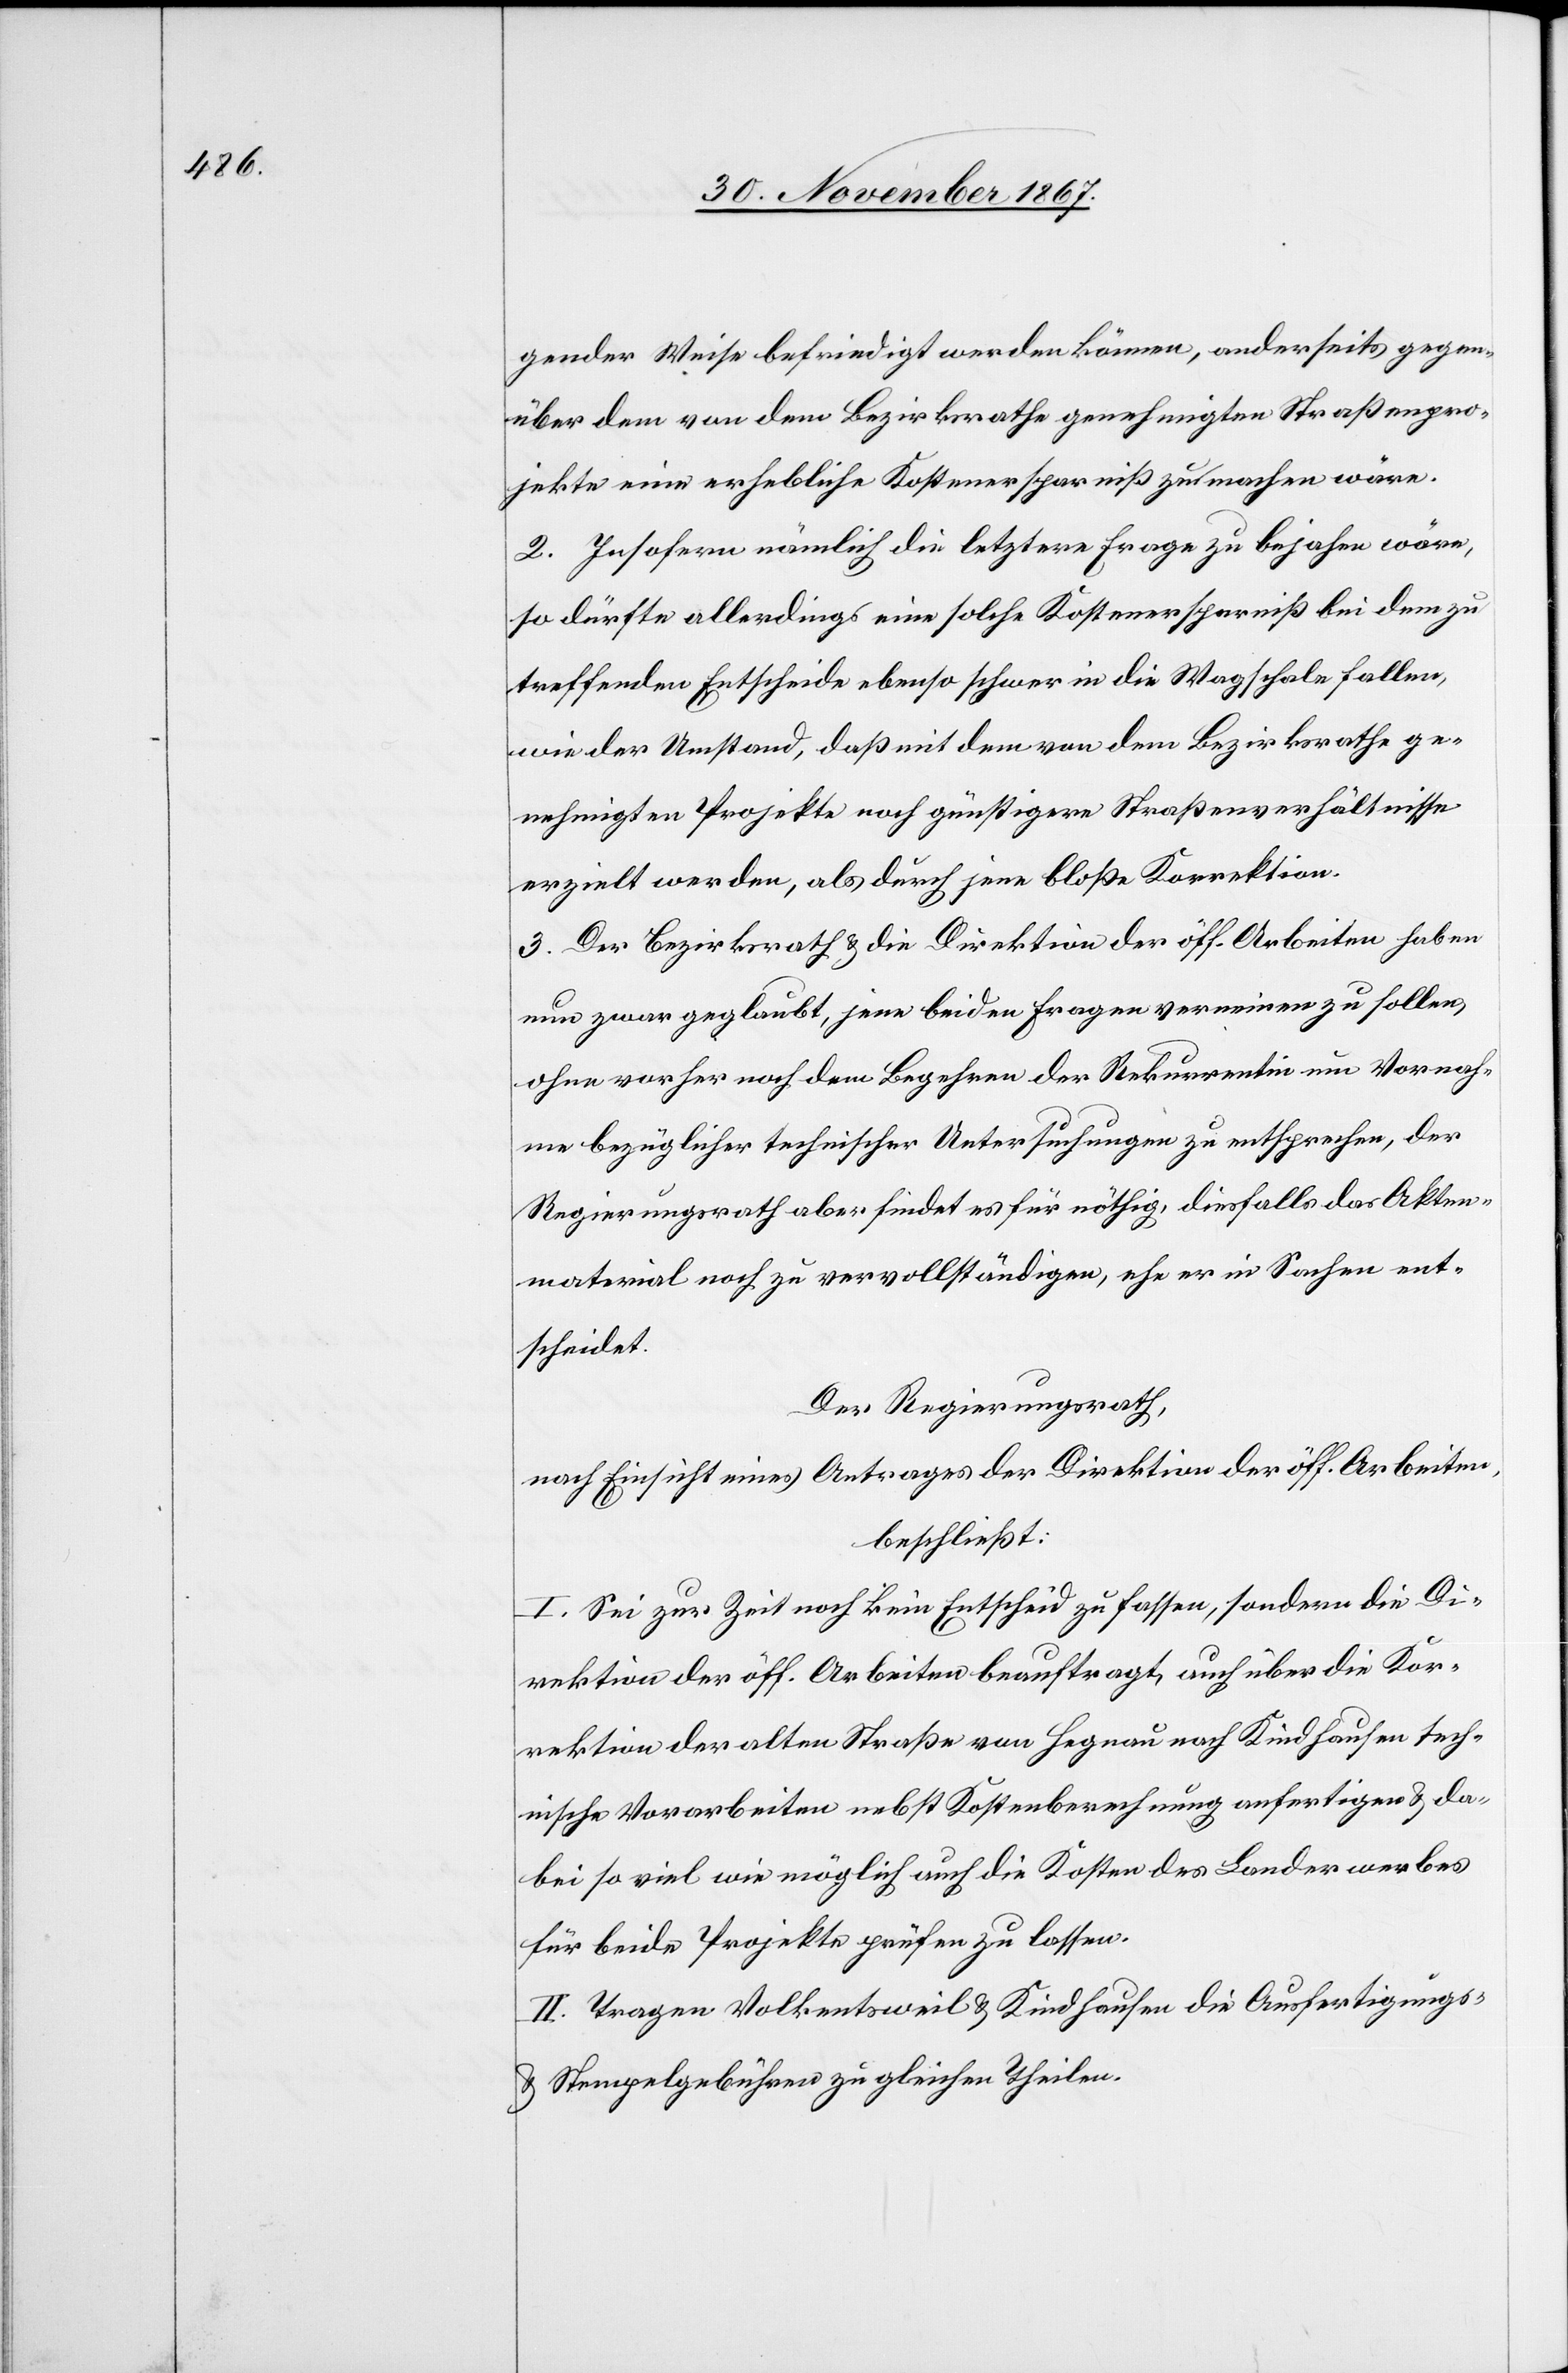
gender Weise befriedigt werden können, anderseits gegen¬
über dem von dem Bezirksrathe genehmigten Straßenpro¬
jekte eine erhebliche Kostenersparniß zu machen wäre.
2. Insofern nämlich die letztere Frage zu bejahen wäre,
so dürfte allerdings eine solche Kostenersparniß bei dem zu
treffenden Entscheide ebenso schwer in die Wagschale fallen,
wie der Umstand, daß mit dem von dem Bezirksrathe ge¬
nehmigten Projekte noch günstigere Straßenverhältnisse
erzielt werden, als durch jene bloße Korrektion.
3. Der Bezirksrath u. die Direktion der öff. Arbeiten haben
nun zwar geglaubt, jene beiden Fragen verneinen zu sollen,
ohne vorher noch dem Begehren der Rekurrentin um Vornah¬
me bezüglicher technischer Untersuchungen zu entsprechen, der
Regierungsrath aber findet es für nöthig, diesfalls das Akten¬
material noch zu vervollständigen, ehe er in Sachen ent¬
scheidet.
Der Regierungsrath,
nach Einsicht eines Antrages der Direktion der öff. Arbeiten,
beschließt:
I. Sei zur Zeit noch kein Entscheid zu fassen, sondern die Di¬
rektion der öff. Arbeiten beauftragt, auch über die Kor¬
rektion der alten Straße von Hegnau nach Kindhausen tech¬
nische Vorarbeiten nebst Kostenberechnung anfertigen u. da¬
bei so viel wie möglich auch die Kosten des Landerwerbes
für beide Projekte prüfen zu lassen.
II. Tragen Volkentsweil u. Kindhausen die Ausfertigungs-
u. Stempelgebühren zu gleichen Theilen.